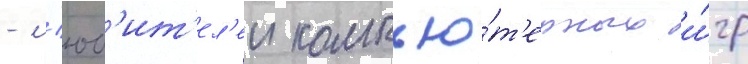
- л'юб'ит'ел'еи компью́т'ерных и́гр